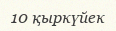
10 қыркүйек